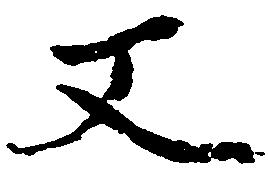
又